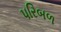
પરિબળ